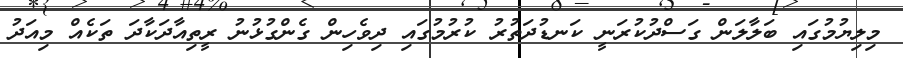
މިލިޔުމުގައި ބަލާލަން ގަސްދުކުރަނީ ކަނޑުދަތުރު ކުރުމުގައި ދިވެހިން ގެންގުޅުނު ރީތިއާދަކާދަ ތަކެއް މިއަދު